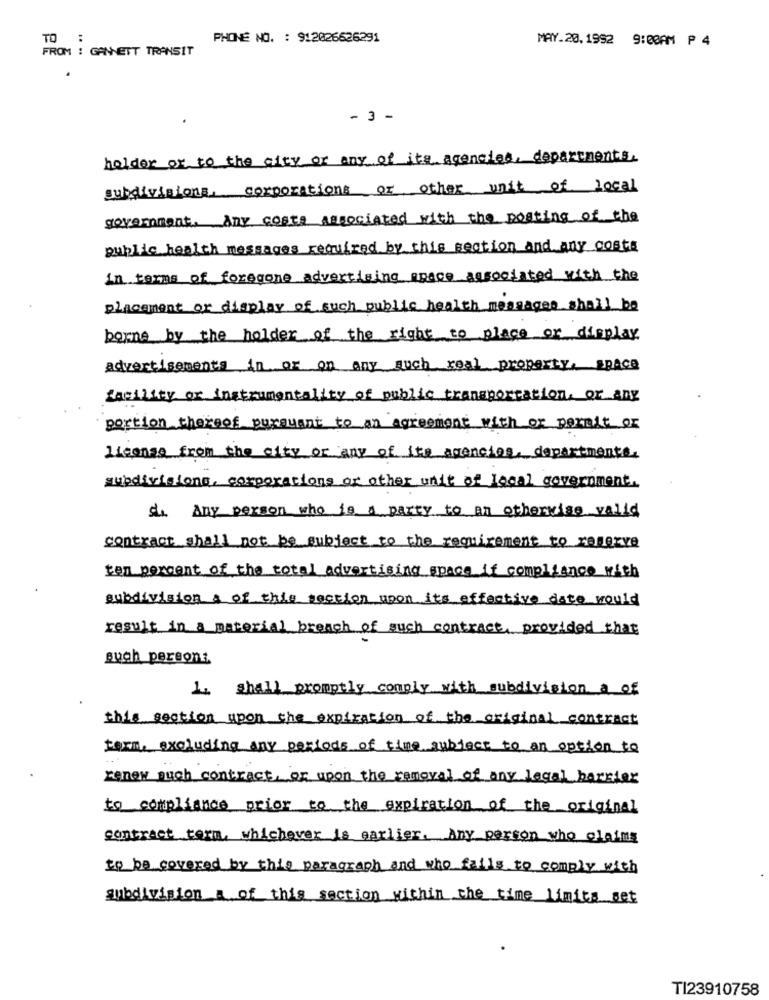
TO :
PHONE NO. : 912026626291
MAY.20.1992 9:00AM P 4
FROM : GANNETT TRANSIT
- 3 -
helder or to the city or any of its agencies, departments.
subdivisions, corporations or other unit of local
government. Any costa associated with the posting of the
public health messages required by this section and any costs
in terms of foregone advertising agace associated with the
placement or display of such public health messages shall be
borne by the holder of the right to place or display
advertisements in or on any such real property, space
facility or instrumentality of public transportation, or any
portion thereof pursuant to an agreement with or permit or
license from the city or any of its agencies. departmente.
subdivisions, corporations or other unit of local government.
d. Any person who is a party to an otherwise valid
contract shall not be subject to the requirement to reserve
ten percent of the total advertising space if compliance with
subdivision a of this section upon its effective date would
result in a material breach of such contract, provided that
such person:
1. shall promptly comply with subdivision a of
this section upon the expiration of the original contract
form, excluding any periods of time subject to an option to
renew such contract, or upon the removal of any legal barrier
to compliance prior to the expiration of the original
contract term, whichever is earlier. Any person who claims
to be covered by this paragraph and who fails to comply with
subdivision a of this section within the time limits set
TI23910758